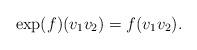
LaTeX: \begin{align*} \exp (f)(v_1v_2) =f(v_1v_2).\end{align*}